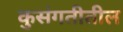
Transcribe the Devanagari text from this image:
कुसंगतीतील